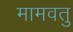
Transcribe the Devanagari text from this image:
मामवतु